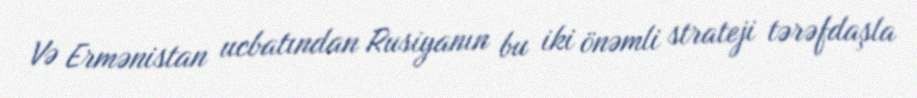
Və Ermənistan ucbatından Rusiyanın bu iki önəmli strateji tərəfdaşla